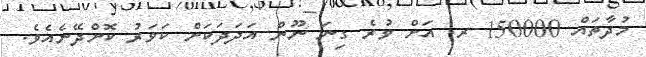
މުދާތައް 150000 ރ. އަށް ވުރެ ގިނަ ނޫން އަދަދަކަށް ކަވަރު ކޮށްދޭނެއެވެ.